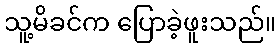
သူ့မိခင်က ပြောခဲ့ဖူးသည်။